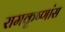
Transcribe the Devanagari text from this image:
रामकृष्णांस